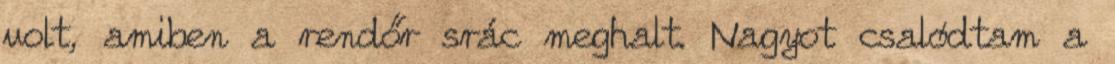
volt, amiben a rendőr srác meghalt. Nagyot csalódtam a